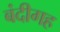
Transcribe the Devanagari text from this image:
बंदीगह